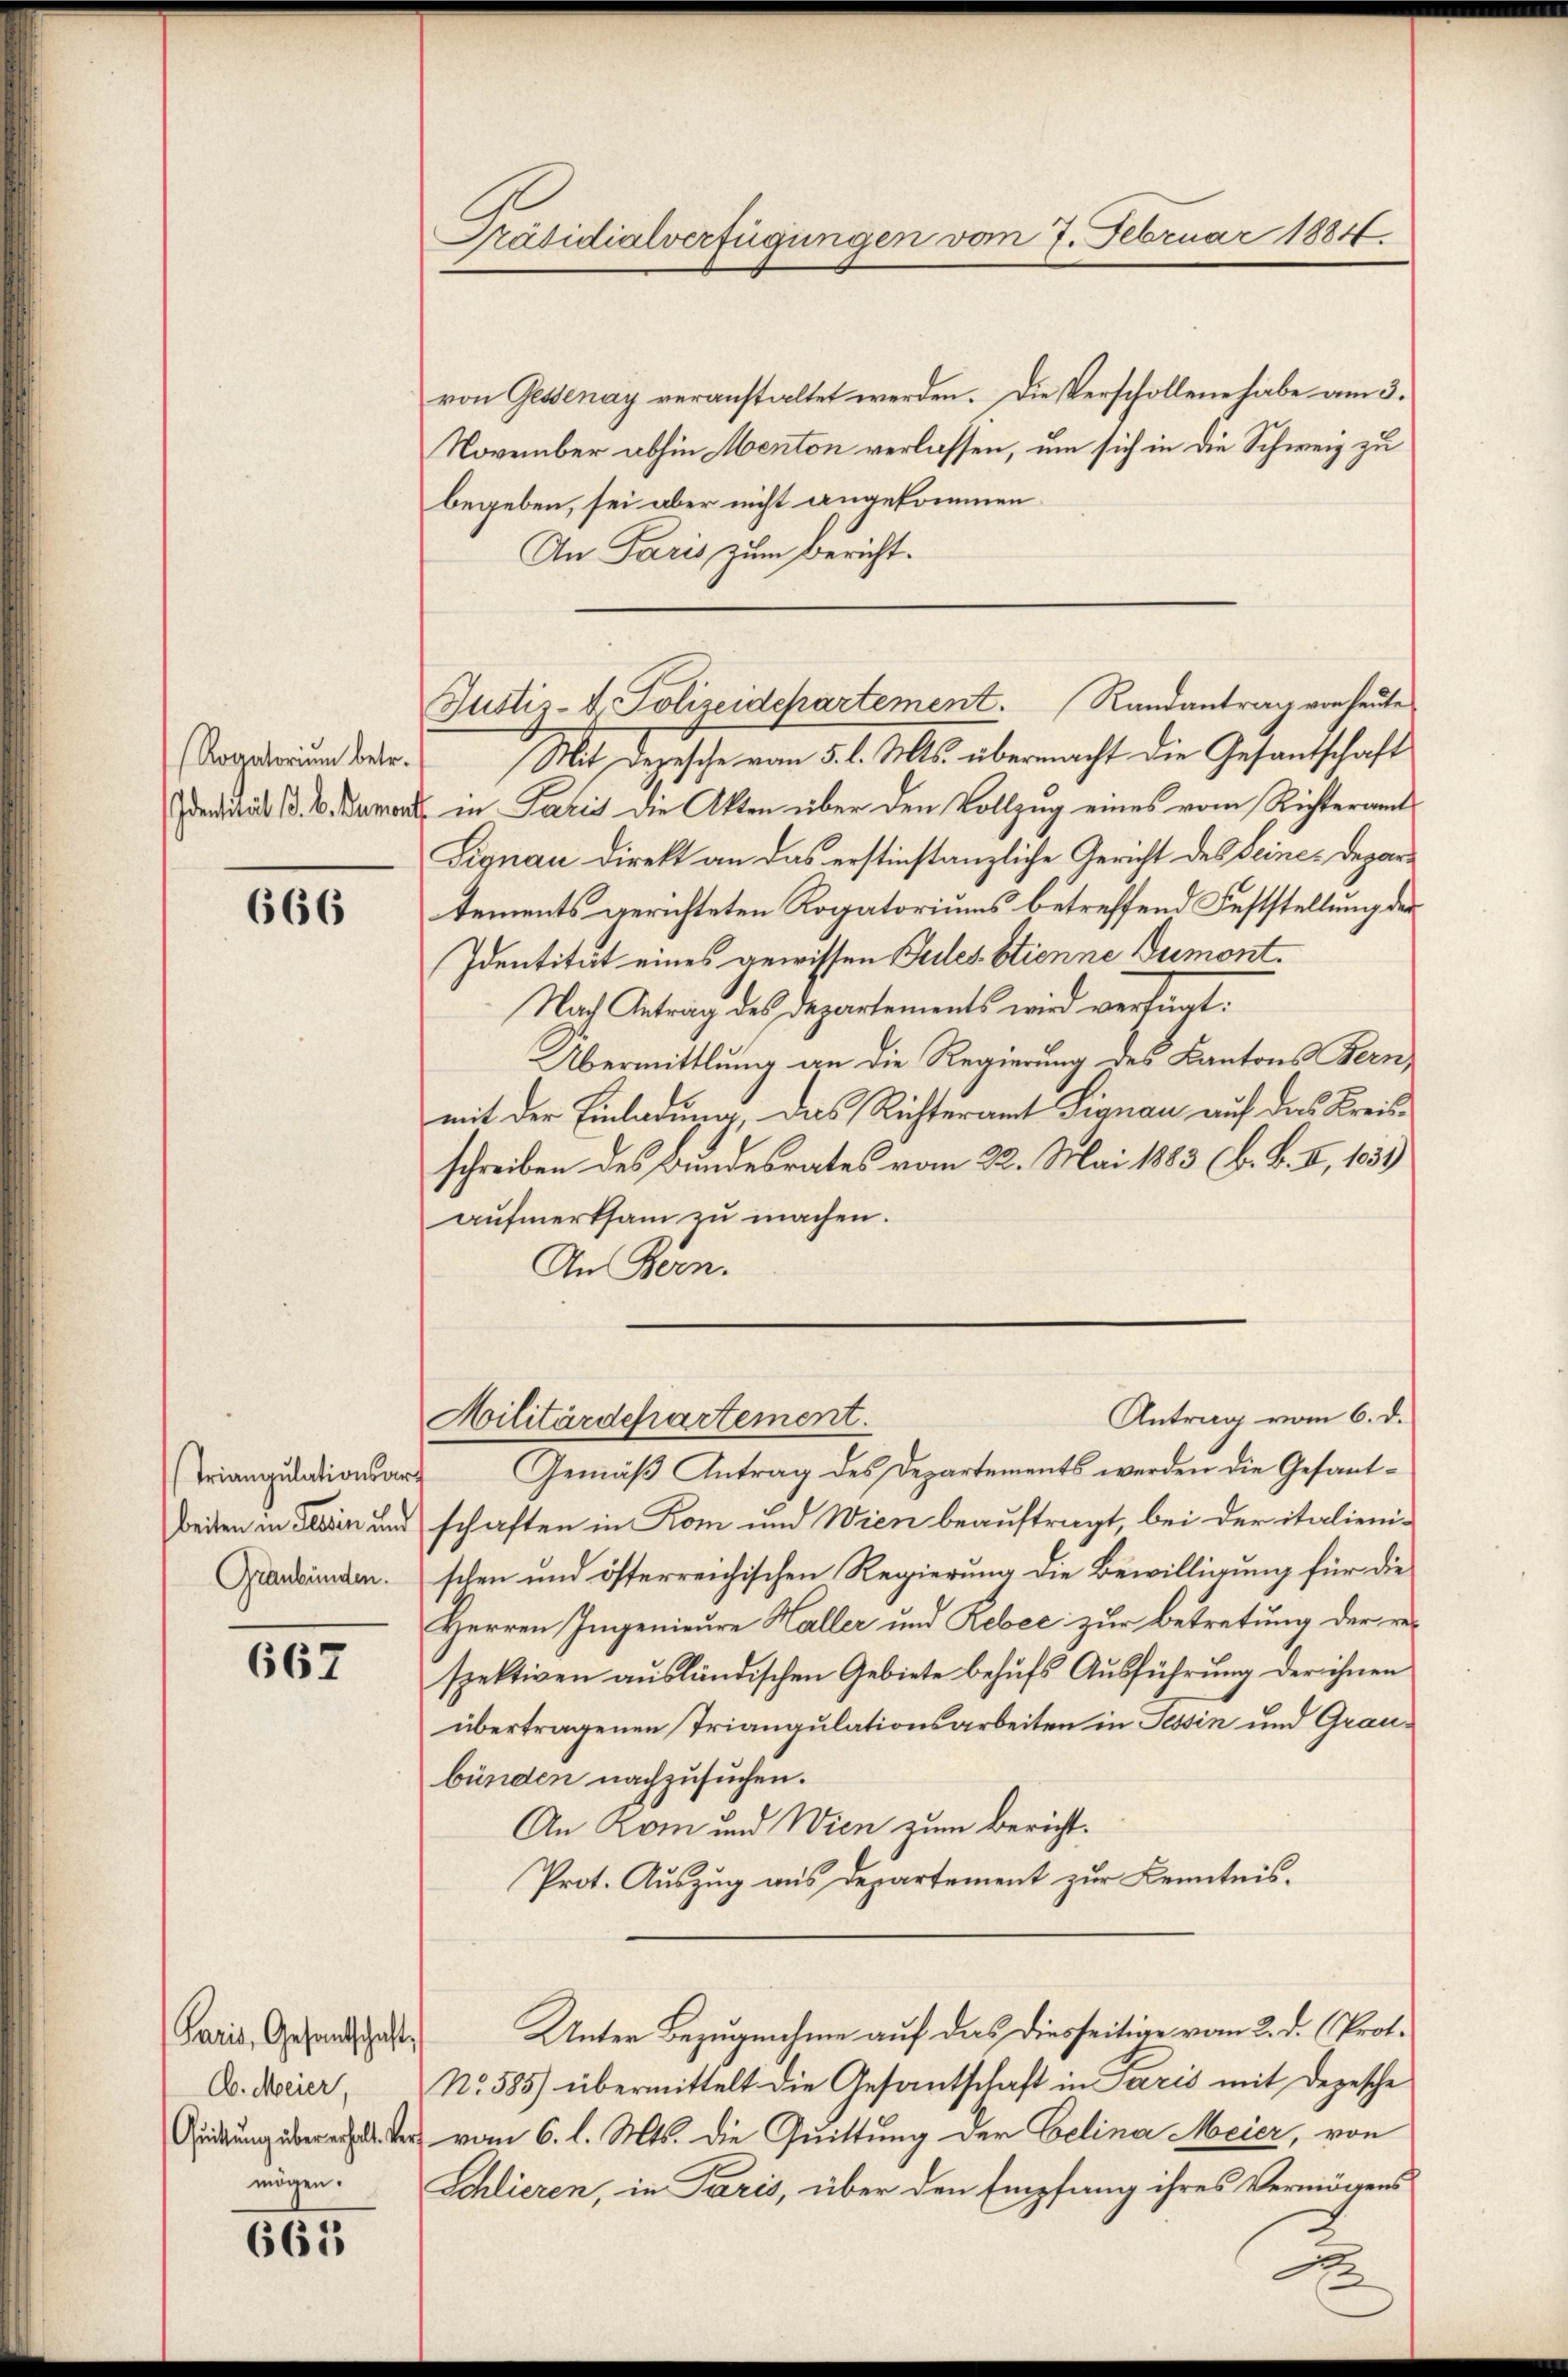
(Rogatorium betr.

666

Graubünden.

667

Paris, Gesandschaft
C. Meier,

665

Präsidialverfügungen vom 7. Februar 1884.

von Gessenay veranstaltet werden. Die Verschollene habe am 3.
November abhin Menton verlassen, um sich in die Schweiz zu
begeben, sei aber nicht angekommen
An Paris zum Bericht.
Mit deresche vom 5. d. Mts. übermacht die Gesantschaft
dedita B. b. Dament in Paris die Akten über den Vollzug eines vom Richteramts
Signau direkt an das erstinstanzliche Gericht des Seine Departements gerichteten Rogatoriums betreffend Feststellung der
Identität eines gewissen Teiles stienne Dumont.
Nach Antrag des Departements wird verfügt.
Übermittlung an die Regierung des Kantons Fern
mit der Einladung, das Richteramt Signau auf das Kreisschreiben des Bundesrates vom 22. Mai 1883 (B. B. I, 1831
aufmerksam zu machen.
An Bern.
Antrag vom 6. d.
Militärdepartement.
Triangulationsart Gemäβ Antrag des Departements werden die Gesant-
beiten in dein und schaften in Rom und Wien beauftragt, bei der italieni-
schen und öfterreichischen Regierung die Bewilligung für die
Herren Ingenieure Haller und Rebec zur Betretung der respektiven ausländischen Gebiete behufs Ausführung der ihnen
übertragenen Triangulationsarbeiten in Tessin und Graubünden nachzusuchen.
An Rom und Wien zum Bericht.
Prot. Auszug aus Departement zur Kenntnis¬
Unter Bezugnahme auf das diesseitige vom 2. d. Prot.
No. 585) übermittelt die Gesantschaft in Paris mit Depesche
eter vom 6. l. Mts. die Quittung der Gelina Meier, von
mögen. Schlieren, in Paris, über den Empfang ihres Vermögens

Justiz-V. Polizeidepartement. Randantrag von heute

.

F